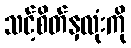
သင့်စိတ်နှလုံးကို